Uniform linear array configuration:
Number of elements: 12
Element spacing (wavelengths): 1
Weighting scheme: binomial
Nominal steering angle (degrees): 15
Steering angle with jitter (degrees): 16.897
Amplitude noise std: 0.05
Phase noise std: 0.05

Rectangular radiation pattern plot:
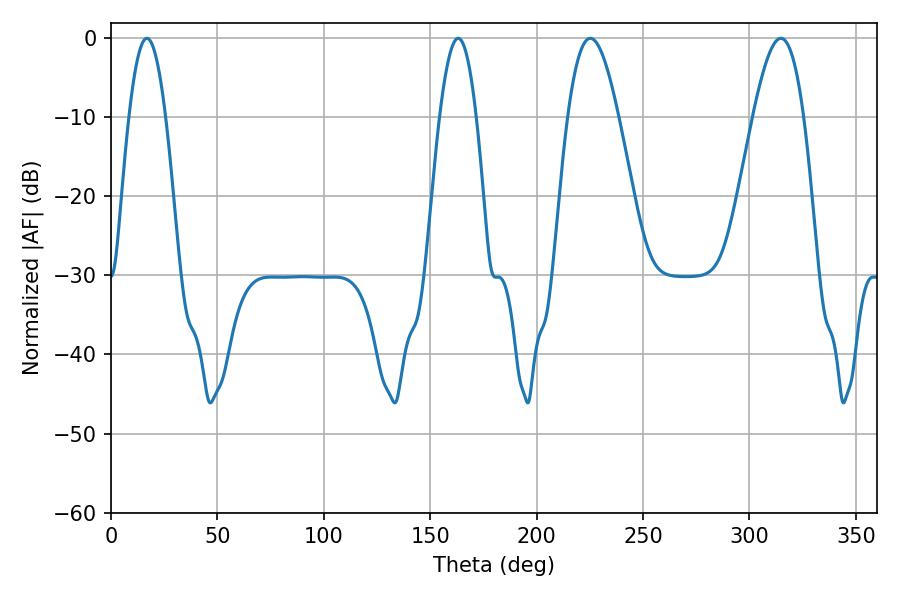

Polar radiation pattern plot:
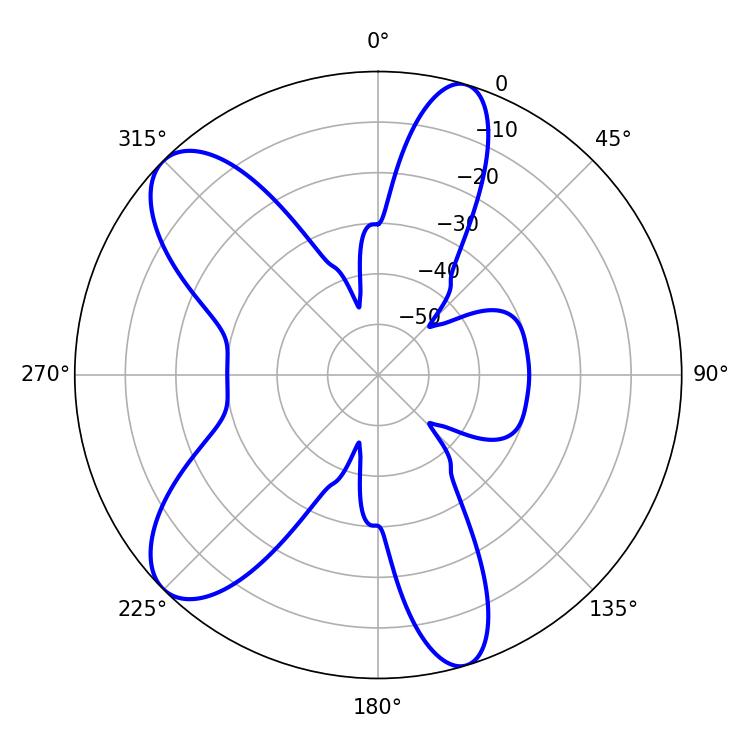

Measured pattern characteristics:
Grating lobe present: TRUE
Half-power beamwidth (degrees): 12.78
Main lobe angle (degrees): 225.18